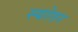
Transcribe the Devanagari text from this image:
स्योतर